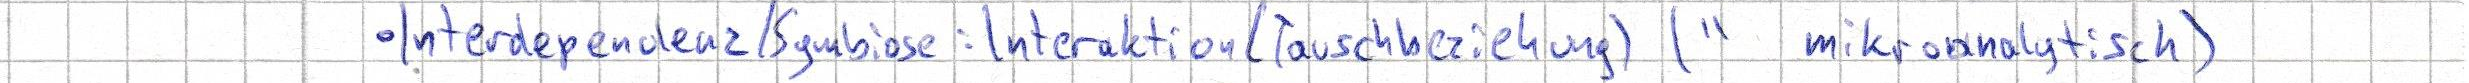
- Interdependenz / Symbiose: Interaktion (Tauschbeziehung) (" mikroanalytisch)